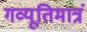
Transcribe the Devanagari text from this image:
गव्यूतिमात्रं